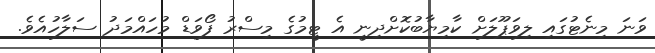
ވަނަ މިނެޓުގައި ލިވަޕޫލަށް ކާމިޔާބުކޮށްދިނީ އެ ޓީމުގެ މިސްރު ފޯވަޑް މުހައްމަދު ސަލާހުއެވެ.